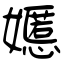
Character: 嬺